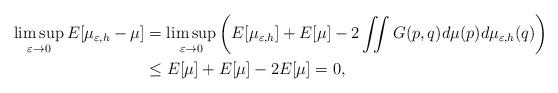
LaTeX: \begin{align*} \limsup_{\varepsilon \to 0} E[\mu_{\varepsilon,h} - \mu]& = \limsup_{\varepsilon \to 0} \left( E[\mu_{\varepsilon,h}] + E[\mu]- 2 \iint G(p,q) d\mu(p) d\mu_{\varepsilon,h}(q) \right)\\ & \leq E[\mu] + E[\mu] - 2 E[\mu] = 0,\end{align*}